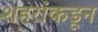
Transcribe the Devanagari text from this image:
शहरांकडून